Civil Veterinary Dept. North-West Frontier Province 1923-32 - 1923-1932
Year: 1923
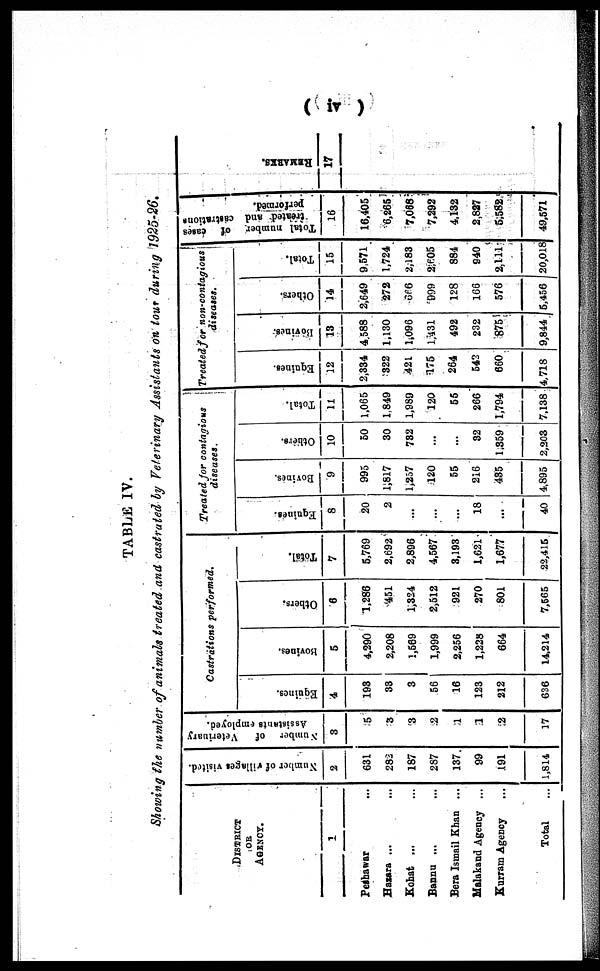
(iv)
TABLE IV.
Showing the number of animals treated and castrated by Veterinary Assistants on tour during 1925-26.
DISTRICT
OR
AGENCY.
1
Peshawar ...
Hazara ...
Kohat ...
Bannu ...
Dera Ismail Khan ...
Malakand Agency ...
Kurram Agency
Total ...
Number of villages visited.
2
631
282
187
287
137
99
191
1,814
Number of
Veteriuary
Assistants employed.
3
5
3
3
2
1
1
2
17
Castrations
performed.
Equines.
4
193
33
3
56
16
123
212
636
Bovines.
5
4,290
2,208
1,569
1,999
2,256
1,228
664
14,214
Others.
6
1,286
451
1,324
2,512
921
270
801
7,565
Total.
7
5,769
2,692
2,896
4,567
3,193
1,621
1,677
22,415
Treated for contagious
diseases.
Equines.
8
20
2
...
...
...
18
...
40
Bovines.
9
995
1,817
1,257
120
55
216
435
4,895
Others.
10
50
30
782
...
...
82
1.859
2,203
Total.
11
1,065
1,849
1,989
120
55
266
1,794
7,138
Treated for non-contagious
diseases.
Equines.
12
2,334
322
421
175
264
542
660
4,718
13
4.588
1,130
1,096
1,431
492
232
875
9,844
Others.
14
2,649
272
666
999
128
166
576
5,456
Total.
15
9,571
1,724
2,183
2,605
884
940
2,111
20,018
Total number of cases
treated and castrations
performed.
16
16,405
6,265
7,068
7,292
4,132
2,827
5,582
49,571
17